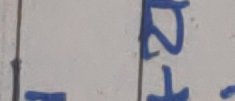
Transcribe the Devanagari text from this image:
२१